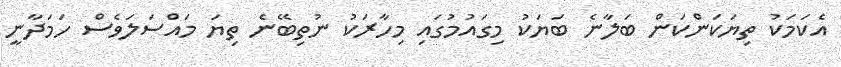
އެކަމަކު ތިޔަކަންކަން ބަލާނެ ބަޔަކު މިގައުމުގައި މިހާރަކު ނުތިބޭނެ ތިިޔަ މައްސަލަވެސް ހަމަދާނީ